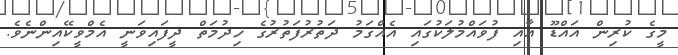
މީގެ ކުރިން އައްޑޫ އާއި ފުވައްމުލަކުގައި އެއްގަމު ދަތުރުފަތުރުގެ ޚިދުމަތް ދީފައިވަނީ އެމްވީކޭއިންނެވެ.